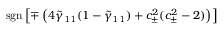
\mathrm { s g n } \left[ \mp \left( 4 \tilde { \gamma } _ { 1 1 } ( 1 - \tilde { \gamma } _ { 1 1 } ) + c _ { \pm } ^ { 2 } ( c _ { \pm } ^ { 2 } - 2 ) \right) \right]